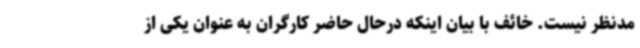
مدنظر نیست. خائف با بیان اینکه درحال حاضر کارگران به عنوان یکی از